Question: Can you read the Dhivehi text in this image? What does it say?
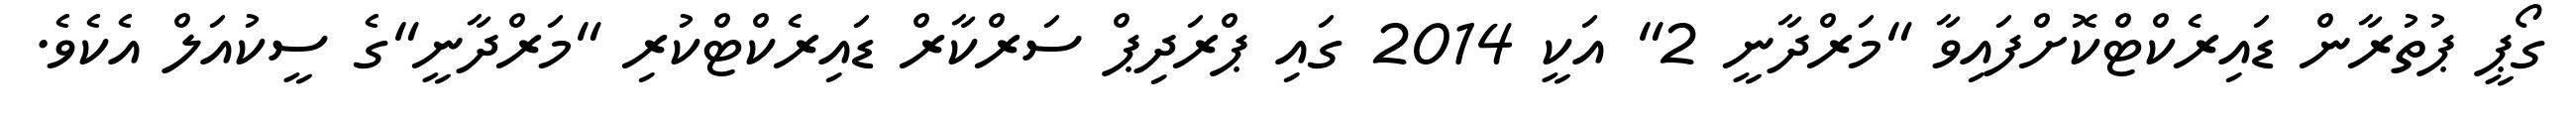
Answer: ގޯޕީ ޕުތުރާން ޑައިރެކްޓްކޮށްފައިވާ "މަރްދާނީ 2" އަކީ 2014 ގައި ޕްރަދިޕް ސަރްކާރް ޑައިރެކްޓްކުރި "މަރްދާނީ"ގެ ސީކުއަލް އެކެވެ.